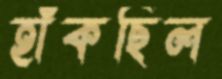
হাঁকছিল